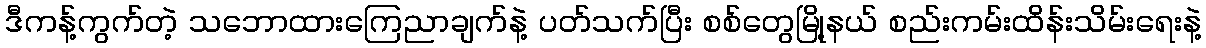
ဒီကန့်ကွက်တဲ့ သဘောထားကြေညာချက်နဲ့ ပတ်သက်ပြီး စစ်တွေမြို့နယ် စည်းကမ်းထိန်းသိမ်းရေးနဲ့